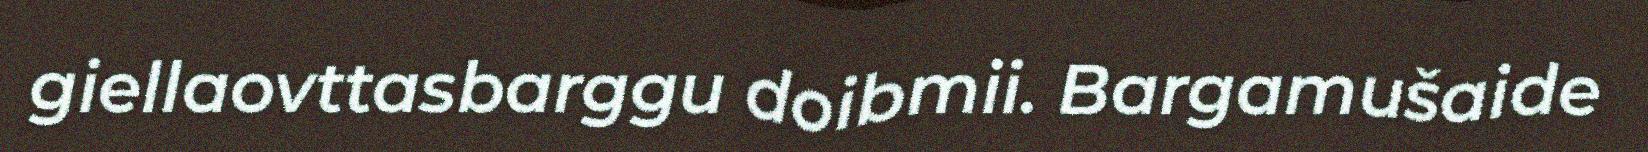
giellaovttasbarggu doibmii. Bargamušaide